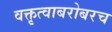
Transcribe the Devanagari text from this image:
वक्तृत्वाबरोबरच